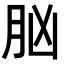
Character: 𦙞